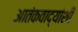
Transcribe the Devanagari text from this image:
आतंकवाद्यांशी